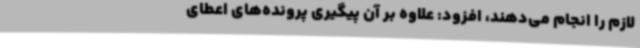
لازم را انجام می‌دهند، افزود: علاوه بر آن پیگیری پرونده‌های اعطای